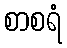
စာစရံ